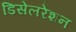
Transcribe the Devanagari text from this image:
डिसेलरेशन